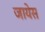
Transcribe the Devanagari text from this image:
जायेस